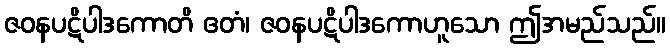
ဇဝနပဋိပါဒကောတိ ဧတံ၊ ဇဝနပဋိပါဒကောဟူသော ဤအမည်သည်။